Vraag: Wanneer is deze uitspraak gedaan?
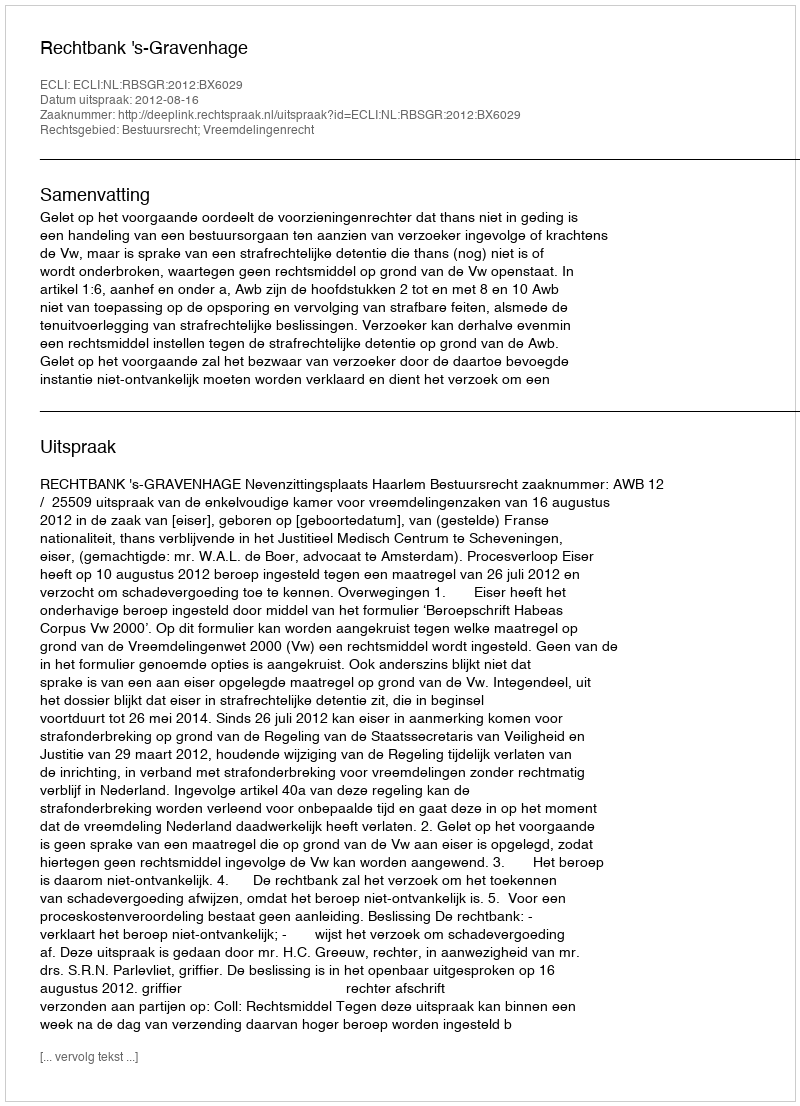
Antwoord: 2012-08-16